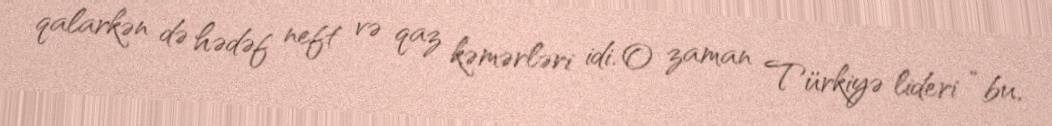
qalarkən də hədəf neft və qaz kəmərləri idi. O zaman Türkiyə lideri “bu,